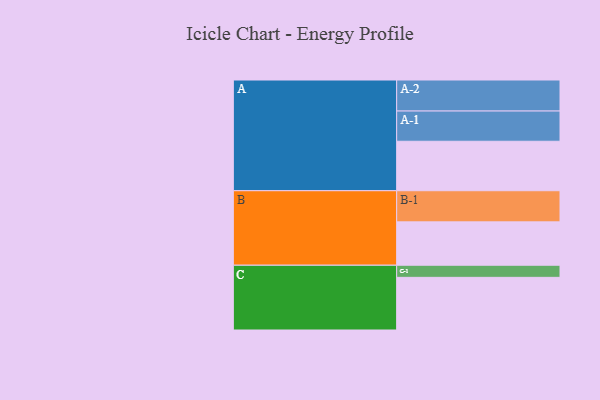
{"axis": {"x": "Segment", "y": "Value"}, "legend": ["", "A", "B", "C"], "data": [{"x": "A", "y": 437, "type": ""}, {"x": "B", "y": 383, "type": ""}, {"x": "C", "y": 465, "type": ""}, {"x": "A-1", "y": 267, "type": "A"}, {"x": "A-2", "y": 274, "type": "A"}, {"x": "B-1", "y": 275, "type": "B"}, {"x": "C-1", "y": 107, "type": "C"}]}